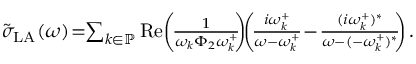
\begin{array} { r } { \tilde { \sigma } _ { \mathrm { L A } } ( \omega ) \! = \! \! \sum _ { k \in \mathbb { P } } \operatorname { R e } \! \left( \! \frac { 1 } { \omega _ { k } \Phi _ { 2 } \omega _ { k } ^ { + } } \! \! \right) \! \! \left( \! \frac { i \omega _ { k } ^ { + } } { \omega - \omega _ { k } ^ { + } } \! - \! \frac { ( i \omega _ { k } ^ { + } ) ^ { * } } { \omega - ( - \omega _ { k } ^ { + } ) ^ { * } } \! \! \right) . } \end{array}